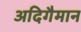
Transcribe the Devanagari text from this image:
अदिगैमान